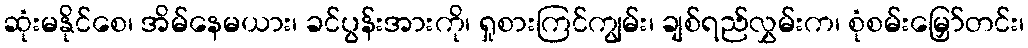
ဆုံးမနိုင်စေ၊ အိမ်နေမယား၊ ခင်ပွန်းအားကို၊ ရှုစားကြင်ကျွမ်း၊ ချစ်ရည်လွှမ်းက၊ စုံစမ်းမြှော်တင်း၊